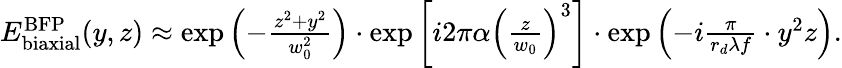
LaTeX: \begin{array}{r}{E_{\mathrm{biaxial}}^{\mathrm{BFP}}(y,z)\approx\exp\left(-\frac{z^{2}+y^{2}}{w_{0}^{2}}\right)\cdot\exp\left[i2\pi\alpha\left(\frac{z}{w_{0}}\right)^{3}\right]\cdot\exp\left(-i\frac{\pi}{r_{d}\lambda f}\cdot y^{2}z\right).}\end{array}